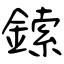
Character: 鎍